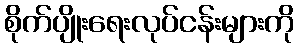
စိုက်ပျိုးရေးလုပ်ငန်းများကို